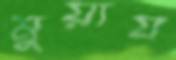
মুয়ায